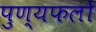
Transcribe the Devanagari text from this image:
पुण्यफलों